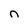
Character: n